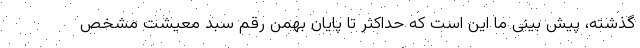
گذشته، پیش بینی ما این است که حداکثر تا پایان بهمن رقم سبد معیشت مشخص